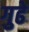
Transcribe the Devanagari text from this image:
गुढे